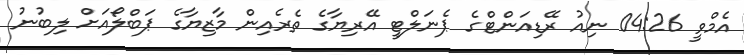
އެމްވީ 04:26 ނިއު ރޭޑިއަންޓްގެ ޕެނަލްޓީ އޭރިޔާގެ ތެރެއިން މާޒިޔާގެ ޕަބްލޯއަށް ލިބުނު